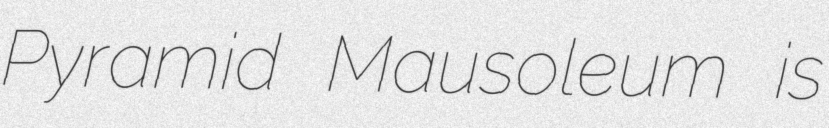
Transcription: Pyramid Mausoleum is